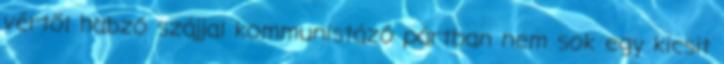
vértől habzó szájjal kommunistázó pártban nem sok egy kicsit